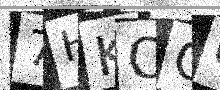
Text: 7HKOOU